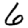
Digit: 6